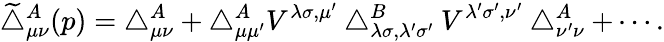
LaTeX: \widetilde{\bigtriangleup}_{\mu\nu}^{A}(p)=\bigtriangleup_{\mu\nu}^{A}+\bigtriangleup_{\mu\mu^{\prime}}^{A}V^{\lambda\sigma,\mu^{\prime}}\bigtriangleup_{\lambda\sigma,\lambda^{\prime}\sigma^{\prime}}^{B}V^{\lambda^{\prime}\sigma^{\prime},\nu^{\prime}}\bigtriangleup_{\nu^{\prime}\nu}^{A}+\cdots.